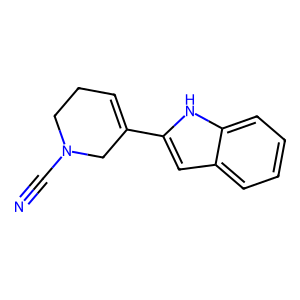
SMILES: N#CN1CCC=C(c2cc3ccccc3[nH]2)C1
Inhibits HIV replication: No